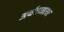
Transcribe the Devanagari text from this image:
अर्थवय्वस्था